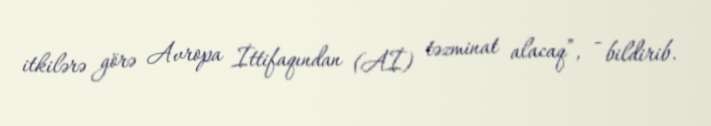
itkilərə görə Avropa İttifaqından (Aİ) təzminat alacaq”, - bildirib.